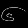
Digit: ၆